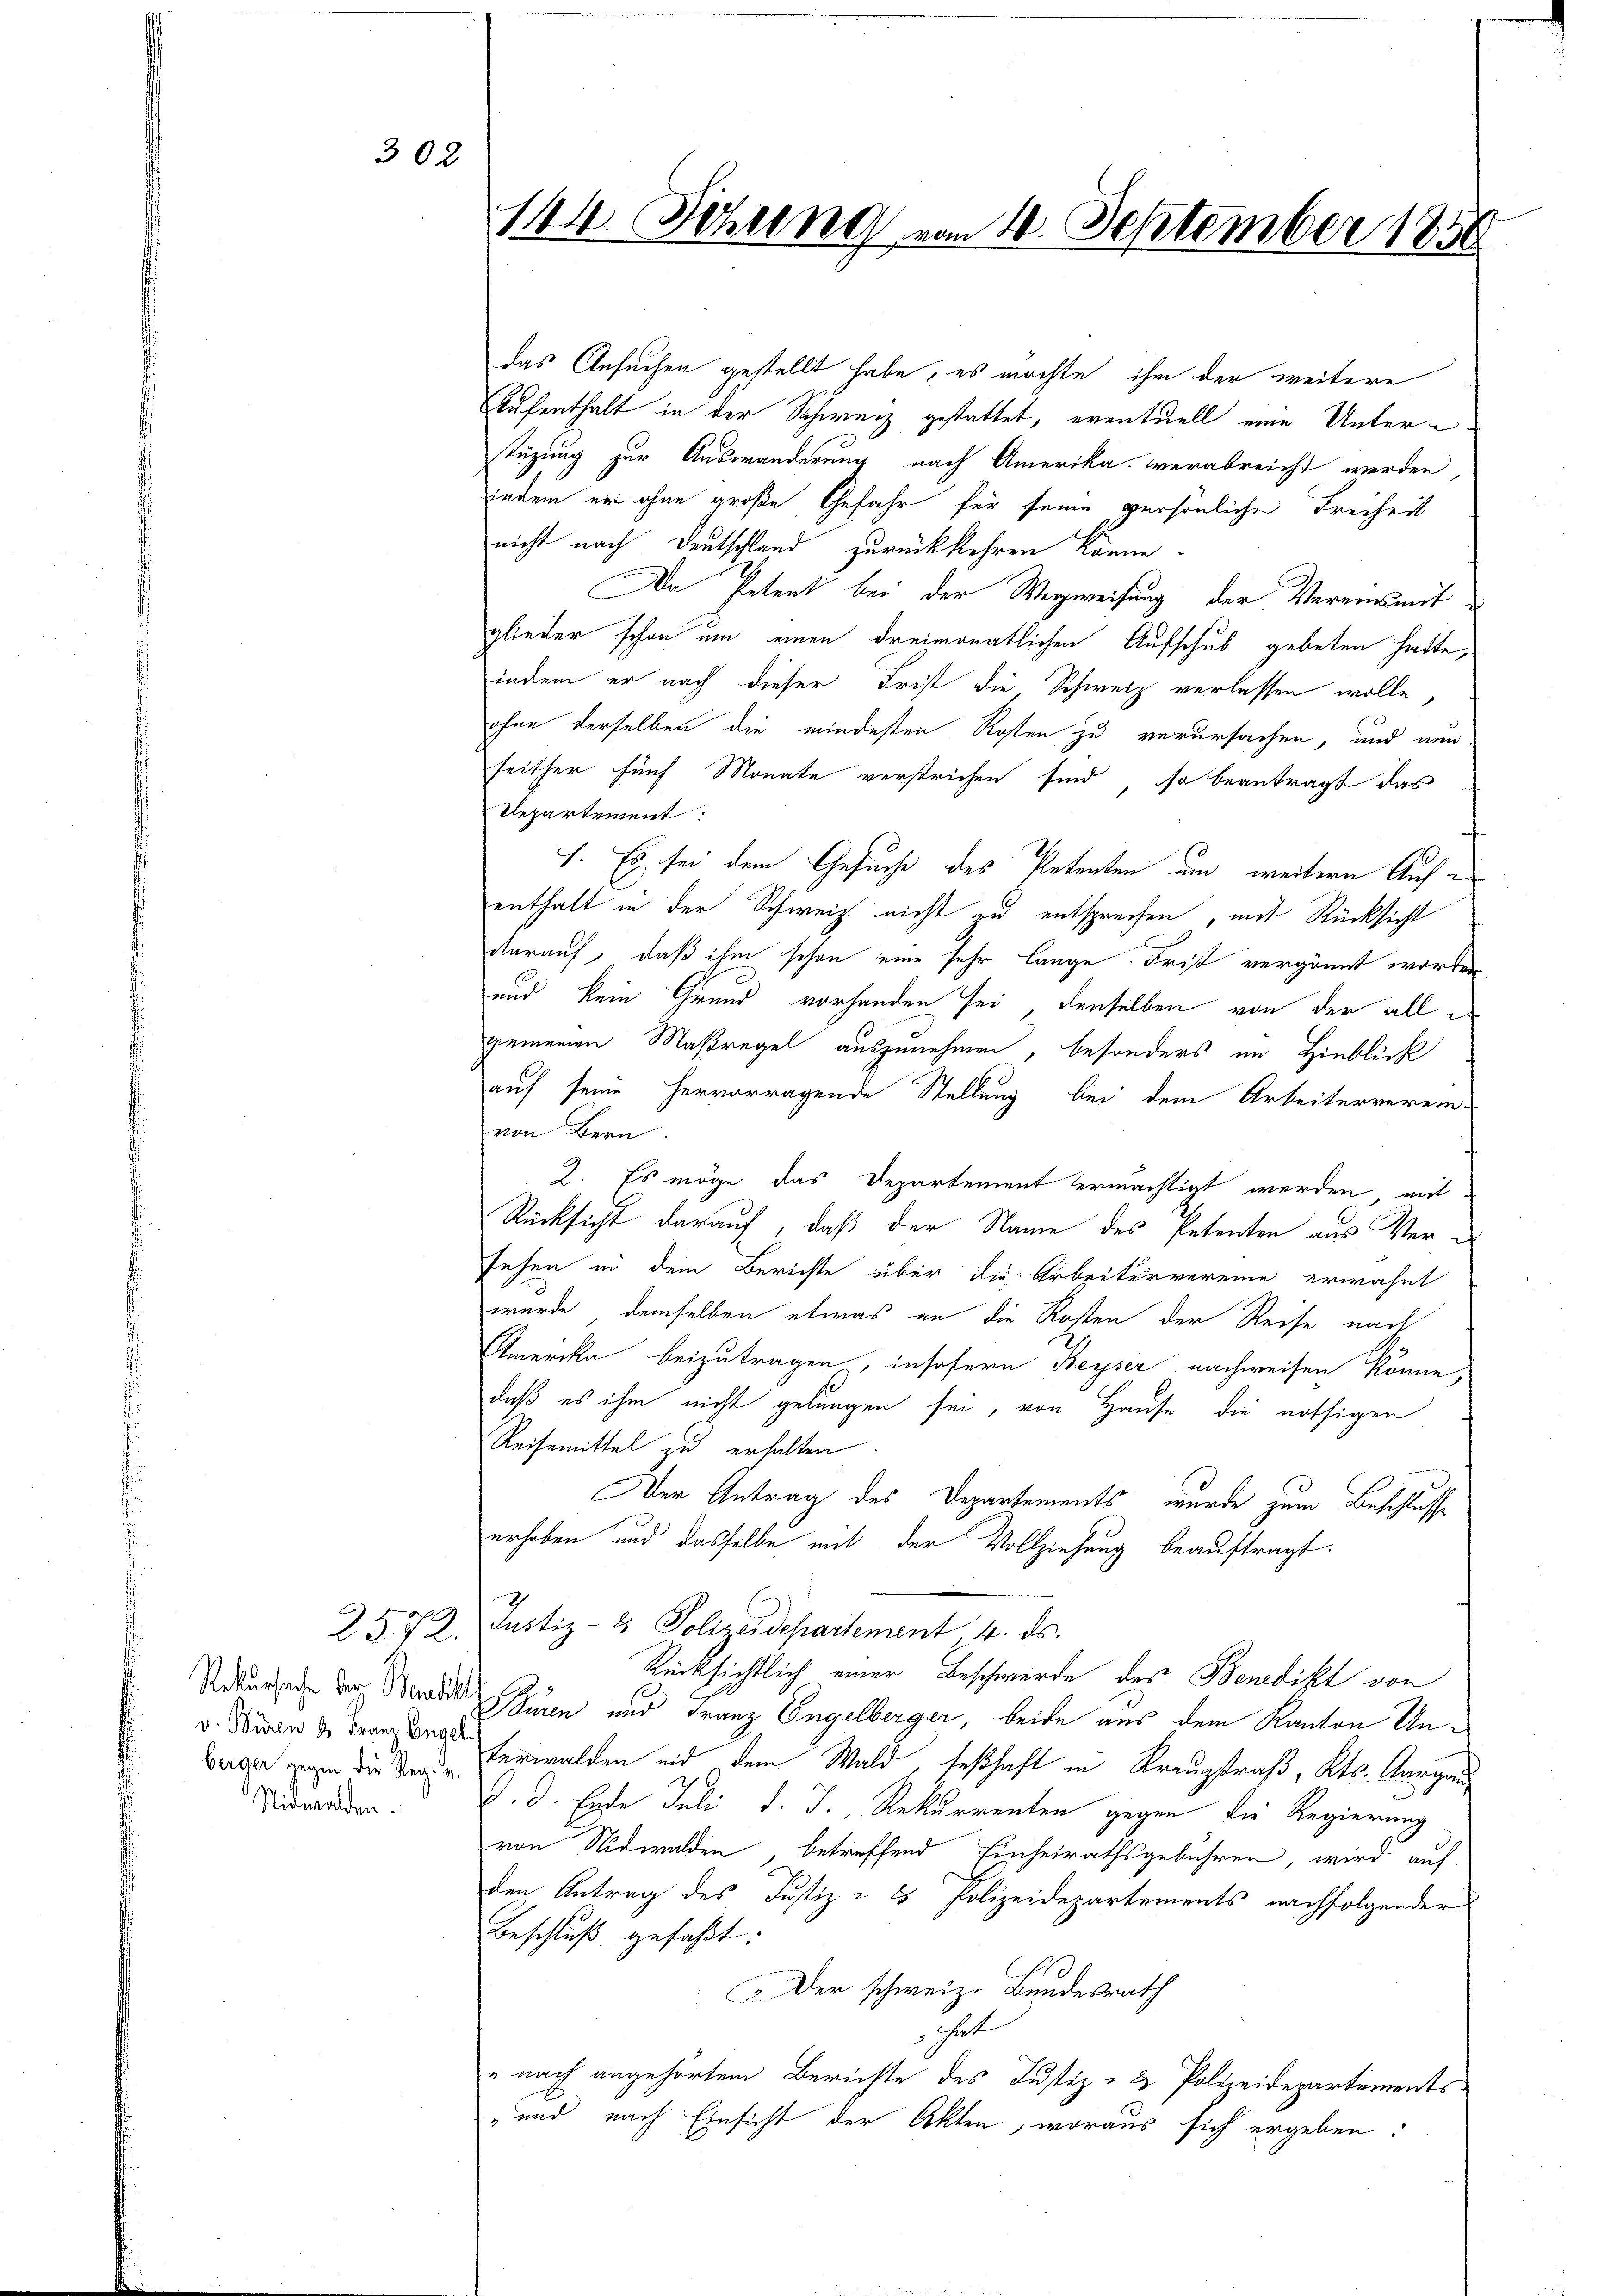
302

v. Buren u Franz Engel
Nidwalden.

g
23.12.

144. Sitzung vom 10. September 1850

das Ansuchen gestellt habe, es möchte, ihm der weitere
Aufenthalt in der Schweiz gestattet, eventuell eine Unterstüzung zur Auswanderung nach Amerika verabreicht werden,
indem er ohne große Gefahr für seine persönliche Freiheit
nicht nach Deutschland zurückkehren könne.
Da Petent bei der Wegweisung der Vereinsmitglieder schon um einen dreimonatlichen Aufschub gebeten hatte,
indem er nach dieser Frist die Schweiz verlassen wolle,
ohne derselben die mindesten Kosten zu verursachen, und nun
seither fünf Monate verstrichen sind, so beantragt das
Departement:
I. Es sei dem Gesuche des Petenten um weitere Aufenthalt in der Schweiz nicht und entsprechen, mit Rücksicht
darauf, daß ihm schon eine sehr lange. Frist vergönnt worden
und kein Grund vorhanden sei, denselben von der alle
gemeinen Maßregel auszunehmen, besonders im Hinblick
auf seine hervorragende Stellung bei dem Arbeiterverein-
von Bern.
2. Es möge das Departement ermächtigt werden, mit
Rücksicht darauf, daß der Name des Petenten aus Versehen in dem Berichte über die Arbeitervereine erwähnt
wurde, demselben etwas an die Kosten der Reise nach
Amrücke beizutragen, insofern Beyser nachweisen könne,
daß es ihm nicht gelungen sei, von Hause die nöthigen
Reisemittel zu erhalten
Der Antrag des Departements, wurde zum Beschlusse
erhoben und dasselbe mit der Vollziehung beauftragt.
Justiz- & Polizeidepartement 4. ds.
Rücksichtlich einer Beschwerde des Benedikt von
Rekursache der Beredit hören und Franz Engelberger, beide aus dem Kanton Un¬
B  die des Verwalden und dem Wald, seßhaft in Kreuzstraß, Kts. Aargau
d. d. Erste Juli d. J., Rekurrenten gegen die Regierung
von Nidwalden, betreffend Einheirathsgebühren, wird auf
den Antrag des Justiz & 3 Polizeidepartements nachfolgender
Beschluß gefaßt:
Der schweiz. Bundesrath
hut
e nach angehörtem Berichte des Justiz- & Polizeidepartements
" und nach Einsicht der Akten, woraus sich ergeben: